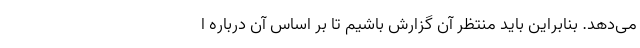
می‌دهد. بنابراین باید منتظر آن گزارش باشیم تا بر اساس آن درباره ا